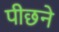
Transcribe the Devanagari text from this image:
पीछने